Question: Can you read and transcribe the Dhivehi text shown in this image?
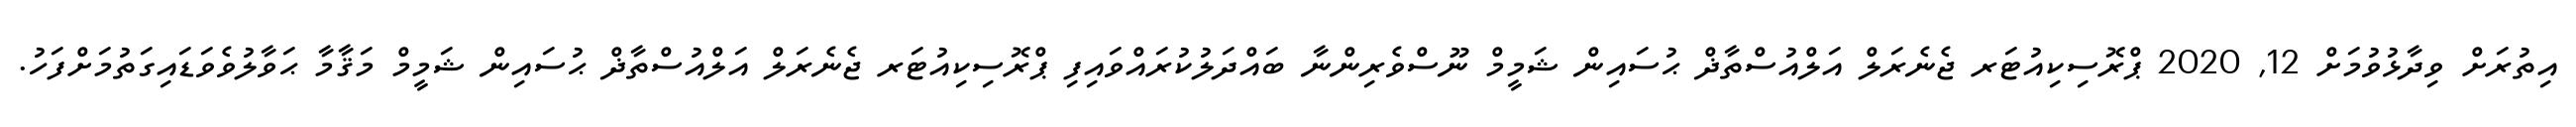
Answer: އިތުރަށް ވިދާޅުވުމަށް 12, 2020 ޕްރޮސިކިއުޓަރ ޖެނެރަލް އަލްއުސްތާޛް ޙުސައިން ޝަމީމް ނޫސްވެރިންނާ ބައްދަލުކުރައްވައިފި ޕްރޮސިކިއުޓަރ ޖެނެރަލް އަލްއުސްތާޛް ޙުސައިން ޝަމީމް މަޤާމާ ޙަވާލުވެވަޑައިގަތުމަށްފަހު.